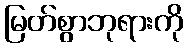
မြတ်စွာဘုရားကို